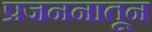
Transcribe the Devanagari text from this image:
प्रजननातून